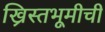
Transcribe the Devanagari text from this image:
ख्रिस्तभूमीची